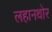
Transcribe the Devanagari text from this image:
लहानथोर